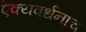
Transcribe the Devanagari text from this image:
ऐक्यवर्धनाचे